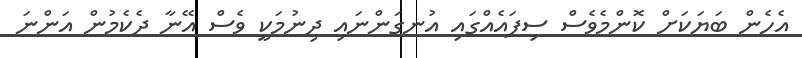
އެހެން ބަޔަކަށް ކޮންމެވެސް ސިފައެއްގައި އުނގަންނައި ދިނުމަކީ ވެސް އޭނާ ދެކެމުން އަންނަ